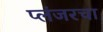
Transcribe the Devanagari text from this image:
प्लंजरचा